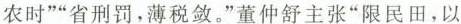
农时””省刑罚，薄税敛。”董仲舒主张”限民田，以